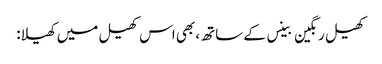
کھیل رنگین بینس کے ساتھ، بھی اس کھیل میں کھیلا: